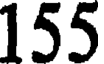
155